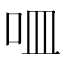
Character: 𠰘